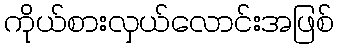
ကိုယ်စားလှယ်လောင်းအဖြစ်